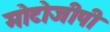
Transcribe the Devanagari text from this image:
मोटोजीपी